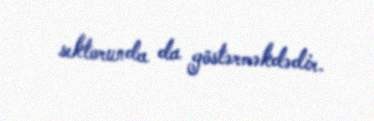
sektorunda da göstərməkdədir.